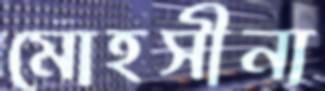
মোহসীনা